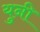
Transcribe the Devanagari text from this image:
युनी